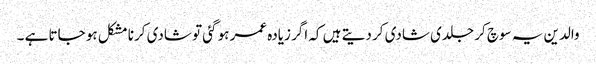
والدین یہ سوچ کر جلدی شادی کر دیتے ہیں کہ اگر زیادہ عمر ہو گئی تو شادی کرنا مشکل ہو جاتا ہے ۔